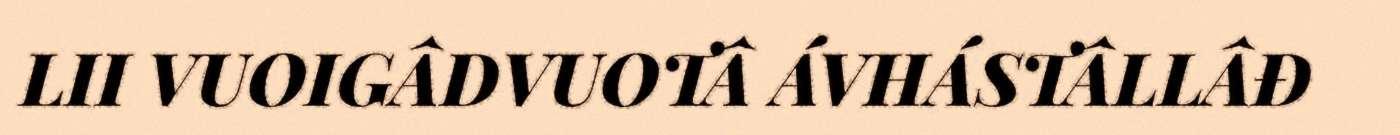
LII VUOIGÂDVUOTÂ ÁVHÁSTÂLLÂĐ